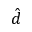
\hat { d }